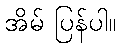
အိမ် ပြန်ပါ။